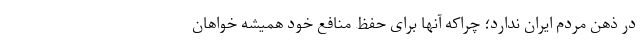
در ذهن مردم ایران ندارد؛ چراکه آنها برای حفظ منافع خود همیشه خواهان